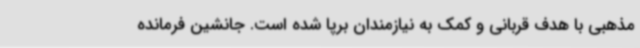
مذهبی با هدف قربانی و کمک به نیازمندان برپا شده است. جانشین فرمانده